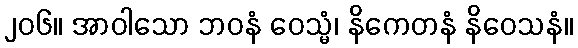
၂၀၆။ အာဝါသော ဘဝနံ ဝေသ္မံ၊ နိကေတနံ နိဝေသနံ။